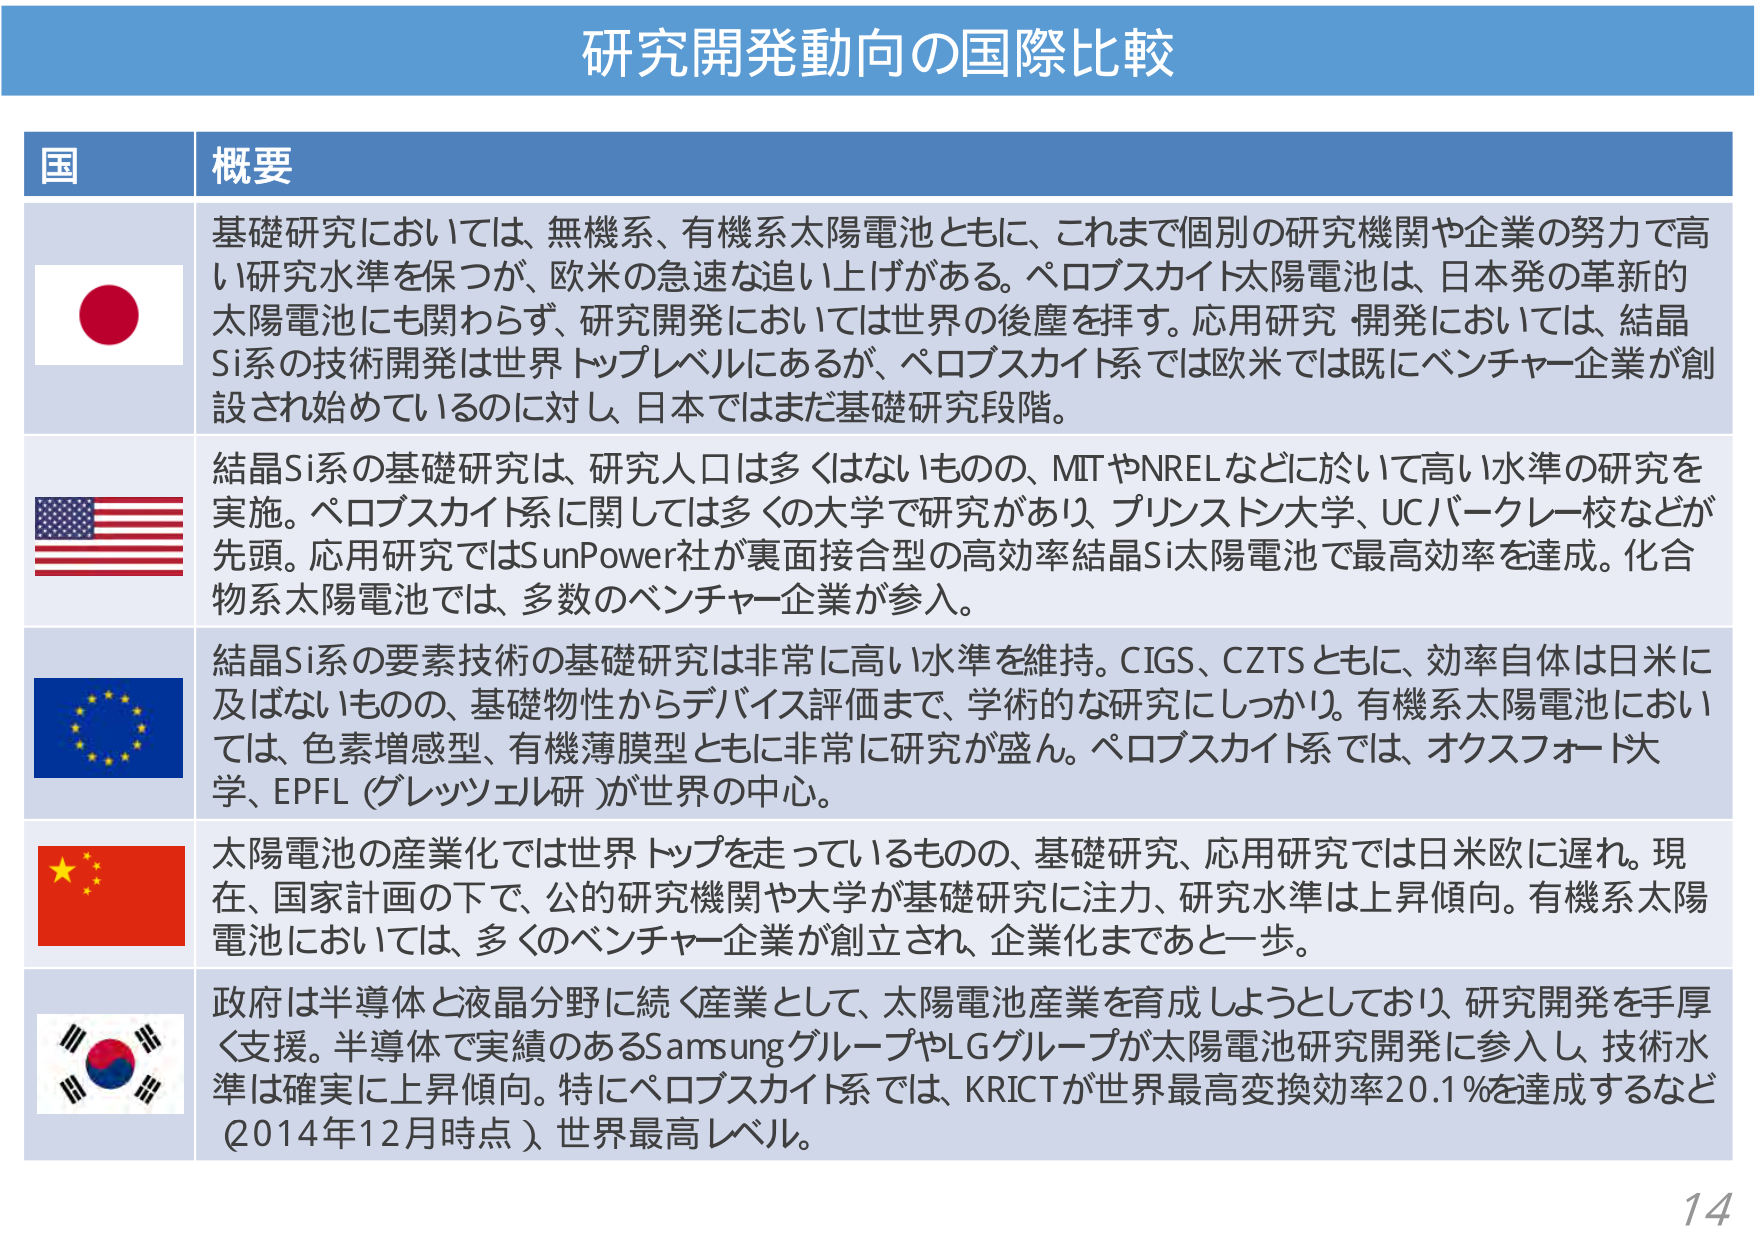
研究開発動向の国際比較

国 概要

基礎研究においては、無機系、有機系太陽電池ともに、これまで個別の研究機関や企業の努力で高い研究水準を保つが、欧米の急速な追い上げがある。ペロブスカイト太陽電池は、日本発の革新的太陽電池にも関わらず、研究開発においては世界の後塵を拝す。応用研究・開発においては、結晶Si系の技術開発は世界トップレベルにあるが、ペロブスカイト系では欧米では既にベンチャー企業が創設され始めているのに対し、日本ではまだ基礎研究段階。

結晶Si系の基礎研究は、研究人口は多くはないものの、MITやNRELなどに於いて高い水準の研究を実施。ペロブスカイト系に関しては多くの大学で研究があり、プリンストン大学、UCバークレー校などが先頭。応用研究ではSunPower社が裏面接合型の高効率結晶Si太陽電池で最高効率を達成。化合物系太陽電池では、多数のベンチャー企業が参入。

結晶Si系の要素技術の基礎研究は非常に高い水準を維持。CIGS、CZTSともに、効率自体は日米に及ばないものの、基礎物性からデバイス評価まで、学術的な研究にしっかり。有機系太陽電池においては、色素増感型、有機薄膜型ともに非常に研究が盛ん。ペロブスカイト系では、オクスフォード大学、EPFL（グレッツェル研）が世界の中心。

太陽電池の産業化では世界トップを走っているものの、基礎研究、応用研究では日米欧に遅れ。現在、国家計画の下で、公的研究機関や大学が基礎研究に注力、研究水準は上昇傾向。有機系太陽電池においては、多くのベンチャー企業が創立され、企業化まであと一歩。

政府は半導体と液晶分野に続く産業として、太陽電池産業を育成しようとしており、研究開発を手厚く支援。半導体で実績のあるSamsungグループやLGグループが太陽電池研究開発に参入し、技術水準は確実に上昇傾向。特にペロブスカイト系では、KRICTが世界最高変換効率20.1%を達成するなど（2014年12月時点）、世界最高レベル。

14